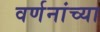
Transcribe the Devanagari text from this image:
वर्णनांच्या